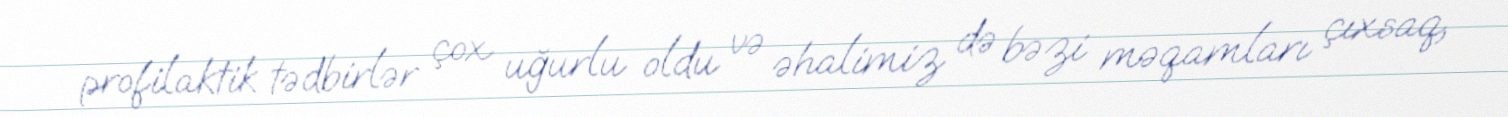
profilaktik tədbirlər çox uğurlu oldu və əhalimiz də bəzi məqamları çıxsaq,